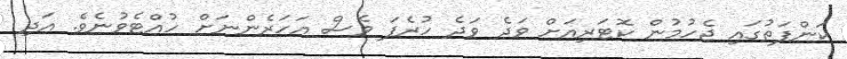
ކަންފަތުގައި ޖެހުމުން ކޮޓަރިއަށް ވަދެ ވަދެ ހުރެފަ ވެސް އަހަރެންނަށް ހުއްޓެވުނެވެ. އަދި